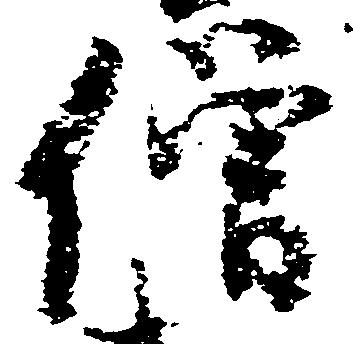
僧